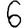
Digit: 6